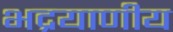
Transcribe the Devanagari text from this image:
भद्रयाणीय